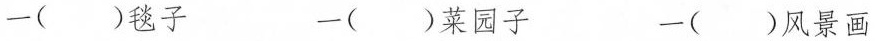
一()毯子 一()菜园子 一()风景画